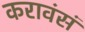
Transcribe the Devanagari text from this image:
करावंसं